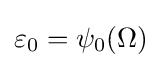
\varepsilon _{0}=\psi _{0}(\Omega )